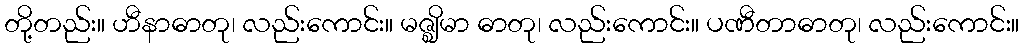
တို့တည်း။ ဟီနာဓာတု၊ လည်းကောင်း။ မဇ္ဈိမာ ဓာတု၊ လည်းကောင်း။ ပဏီတာဓာတု၊ လည်းကောင်း။